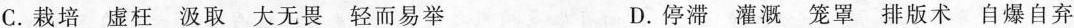
C. 栽培 虚枉 汲取 大无畏 轻而易举 D.停滞 灌溉 笼罩 排版术 自爆自弃